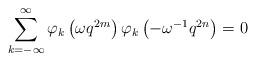
LaTeX: \begin{align*} \sum_{k=-\infty}^{\infty}\varphi_{k}\left(\omega q^{2m}\right)\varphi_{k}\left(-\omega^{-1}q^{2n}\right)=0 \end{align*}